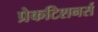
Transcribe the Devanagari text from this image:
प्रेकटिशनर्स